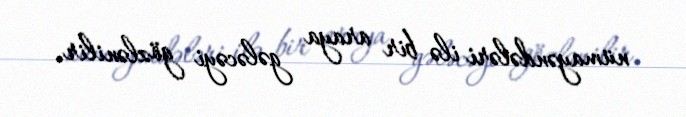
nümayəndələri ilə bir araya gələcəyi gözlənilir.